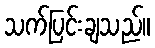
သက်ပြင်းချသည်။